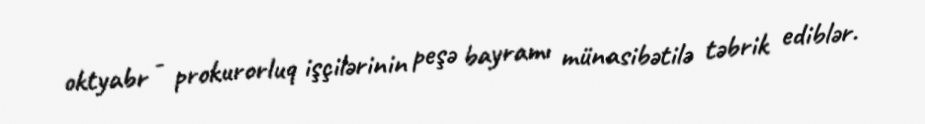
oktyabr - prokurorluq işçilərinin peşə bayramı münasibətilə təbrik ediblər.